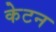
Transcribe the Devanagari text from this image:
केटन